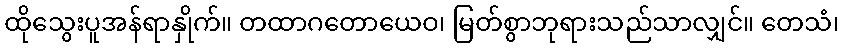
ထိုသွေးပူအန်ရာနှိုက်။ တထာဂတောယေဝ၊ မြတ်စွာဘုရားသည်သာလျှင်။ တေသံ၊